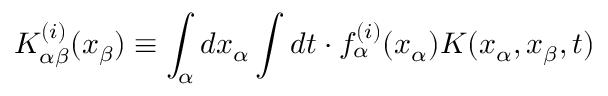
K _ { \alpha \beta } ^ { ( i ) } ( x _ { \beta } ) \equiv \int _ { \alpha } d x _ { \alpha } \int d t \cdot f _ { \alpha } ^ { ( i ) } ( x _ { \alpha } ) K ( x _ { \alpha } , x _ { \beta } , t )